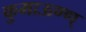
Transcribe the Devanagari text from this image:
कुमाऊण्ण्